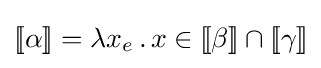
[\![\alpha ]\!]=\lambda x_{e}\,.\,x\in [\![\beta ]\!]\cap [\![\gamma ]\!]